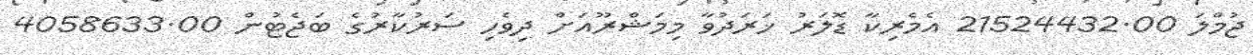
ޖުމްލަ 21524432.00 އެމެރިކާ ޑޮލަރު ޚަރަދުވާ މިމަޝްރޫއަށް ދިވެހި ސަރުކާރުގެ ބަޖެޓުން 4058633.00